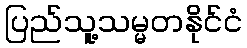
ပြည်သူ့သမ္မတနိုင်ငံ